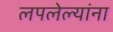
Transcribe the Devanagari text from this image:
लपलेल्‍यांना